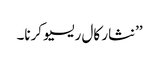
’’نثار کال ریسیو کرنا۔